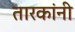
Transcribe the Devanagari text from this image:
तारकांनी